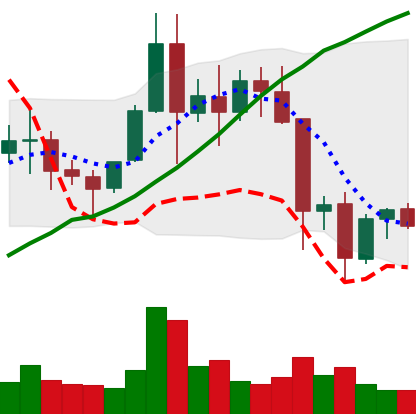
Ticker: EOS-USD
Chart end date: 2021-11-21
Forward return: -9.764%
Label: down_7plus